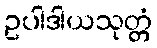
ဥပါဒါယသုတ္တံ